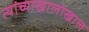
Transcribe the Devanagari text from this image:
त्यांच्याखालोखाल